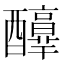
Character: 𨣶